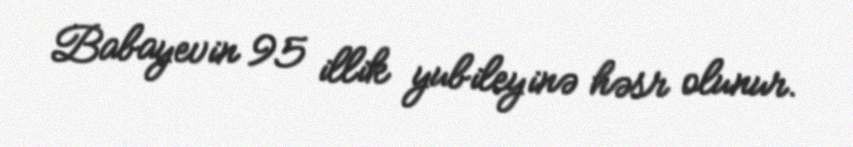
Babayevin 95 illik yubileyinə həsr olunur.